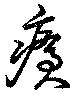
瘡